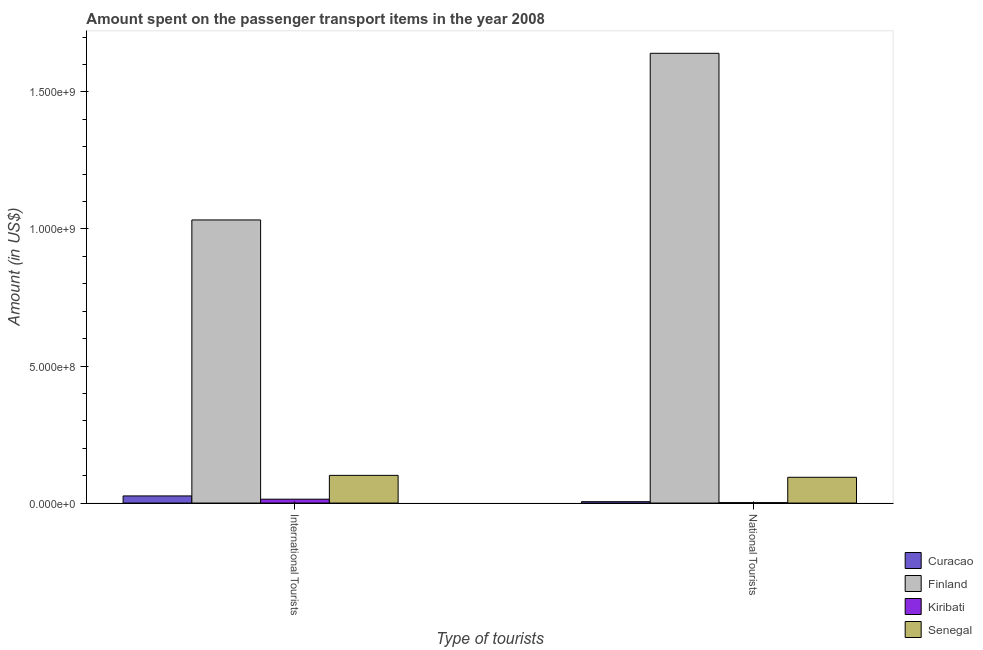
| Type of tourists | Curacao | Finland | Kiribati | Senegal |
 | --- | --- | --- | --- | --- |
 | International Tourists | 2.6e+07 | 1.03e+09 | 1.41e+07 | 1.01e+08 |
 | National Tourists | 5e+06 | 1.64e+09 | 1.4e+06 | 9.4e+07 |